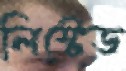
লিস্টেড